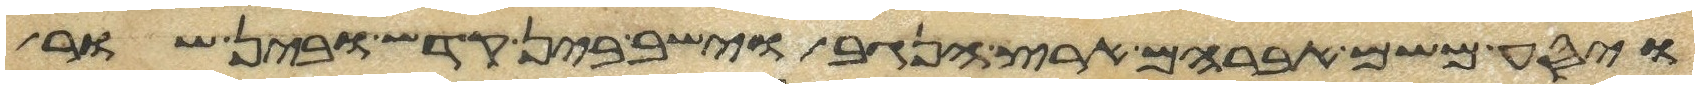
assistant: ויסע משם אברהם ארץ הנגב וישב בין קדש ובין שור